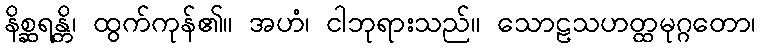
နိစ္ဆရန္တိ၊ ထွက်ကုန်၏။ အဟံ၊ ငါဘုရားသည်။ သောဠသဟတ္ထမုဂ္ဂတော၊